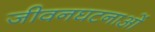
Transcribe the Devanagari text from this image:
जीवनघटनाओं